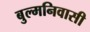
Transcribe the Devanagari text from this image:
बुल्मनिवासी